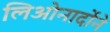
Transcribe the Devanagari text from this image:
लिओनार्दोने